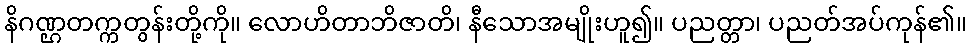
နိဂဏ္ဌတက္ကတွန်းတို့ကို။ လောဟိတာဘိဇာတိ၊ နီသောအမျိုးဟူ၍။ ပညတ္တာ၊ ပညတ်အပ်ကုန်၏။